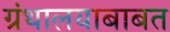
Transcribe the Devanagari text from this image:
ग्रंथालयाबाबत